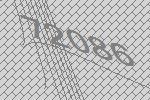
72086